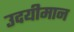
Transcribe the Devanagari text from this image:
उदयीमान